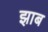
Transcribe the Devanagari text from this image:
झाब